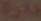
دارة